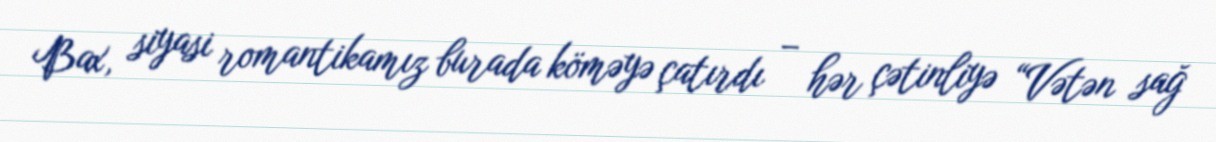
Bax, siyasi romantikamız burada köməyə çatırdı – hər çətinliyə “Vətən sağ